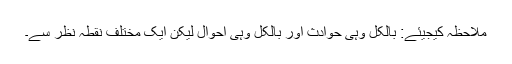
ملاحظہ کیجیئے: بالکل وہی حوادث اور بالکل وہی احوال لیکن ایک مختلف نقطہ نظر سے۔